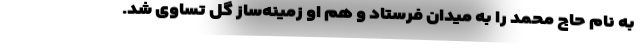
به نام حاج محمد را به میدان فرستاد و هم او زمینه‌ساز گل تساوی شد.